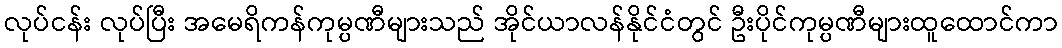
လုပ်ငန်း လုပ်ပြီး အမေရိကန်ကုမ္ပဏီများသည် အိုင်ယာလန်နိုင်ငံတွင် ဦးပိုင်ကုမ္ပဏီများထူထောင်ကာ